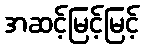
အဆင့်မြင့်မြင့်